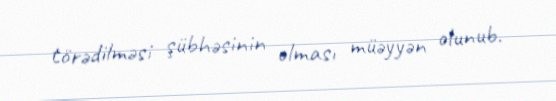
törədilməsi şübhəsinin olması müəyyən olunub.